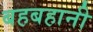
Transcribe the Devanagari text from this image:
बहबहानी